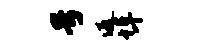
号返埠